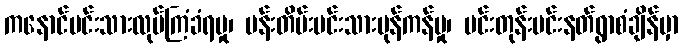
ကနောင်မင်းသားလုပ်ကြံခံရမှု၊ ပန်းတိမ်းမင်းသားပုန်ကန်မှု၊ မင်းတုန်းမင်းနတ်ရွာစံချိန်မှာ